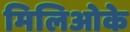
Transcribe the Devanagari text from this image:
मिलिओके